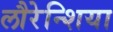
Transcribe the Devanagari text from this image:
लौरेन्शिया